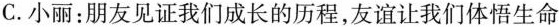
C.小丽：朋友见证我们成长的历程，友谊让我们体悟生命